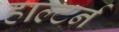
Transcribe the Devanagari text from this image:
हाल्टर्न